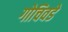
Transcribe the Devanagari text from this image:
गोचिवडे